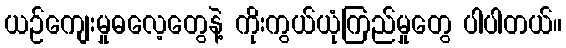
ယဉ်ကျေးမှုဓလေ့တွေနဲ့ ကိုးကွယ်ယုံကြည်မှုတွေ ပါပါတယ်။